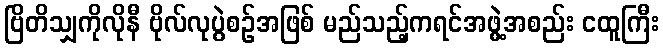
ဗြိတိသျှကိုလိုနီ ဗိုလ်လုပွဲစဉ်အဖြစ် မည်သည့်ကရင်အဖွဲ့အစည်း ငထူကြီး